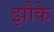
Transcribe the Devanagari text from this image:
झौके